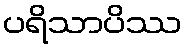
ပရိသာပိဿ